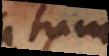
tum